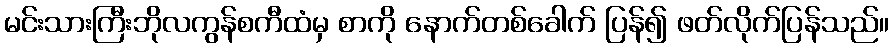
မင်းသားကြီးဘိုလကွန်စကီထံမှ စာကို နောက်တစ်ခေါက် ပြန်၍ ဖတ်လိုက်ပြန်သည်။